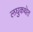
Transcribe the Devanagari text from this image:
लघुकथेत